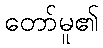
တော်မူ၏